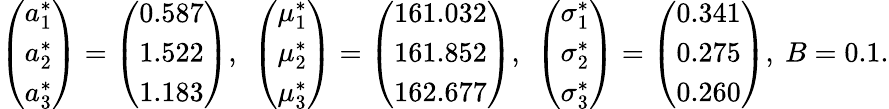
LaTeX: \begin{array}{r}{\left(\begin{array}{l}{a_{1}^{*}}\\ {a_{2}^{*}}\\ {a_{3}^{*}}\end{array}\right)=\left(\begin{array}{l}{0.587}\\ {1.522}\\ {1.183}\end{array}\right),\ \left(\begin{array}{l}{\mu_{1}^{*}}\\ {\mu_{2}^{*}}\\ {\mu_{3}^{*}}\end{array}\right)=\left(\begin{array}{l}{161.032}\\ {161.852}\\ {162.677}\end{array}\right),\ \left(\begin{array}{l}{\sigma_{1}^{*}}\\ {\sigma_{2}^{*}}\\ {\sigma_{3}^{*}}\end{array}\right)=\left(\begin{array}{l}{0.341}\\ {0.275}\\ {0.260}\end{array}\right),\ B=0.1.}\end{array}